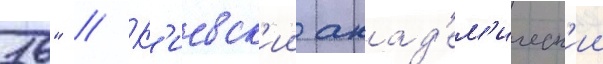
16" // К'иевск'ии акад'ем'ическ'ии